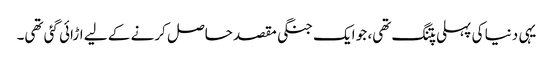
یہی دنیا کی پہلی پتنگ تھی، جو ایک جنگی مقصد حاصل کرنے کے لیے اڑائی گئی تھی۔